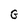
Character: G